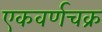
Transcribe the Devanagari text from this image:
एकवर्णचक्र